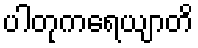
ပါတုကရေယျာတိ